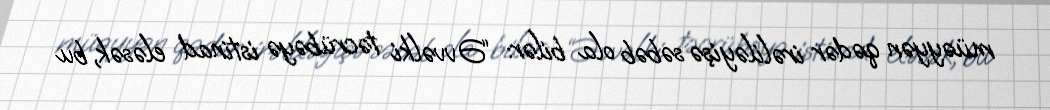
müəyyən qədər irəliləyişə səbəb ola bilər: “Əvvəlki təcrübəyə istinad eləsək, bu